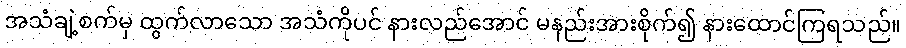
အသံချဲ့စက်မှ ထွက်လာသော အသံကိုပင် နားလည်အောင် မနည်းအားစိုက်၍ နားထောင်ကြရသည်။